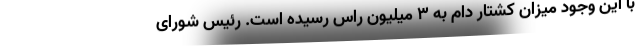
با این وجود میزان کشتار دام به ۳ میلیون راس رسیده است. رئیس شورای